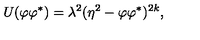
U ( \varphi \varphi ^ { \ast } ) = \lambda ^ { 2 } ( \eta ^ { 2 } - \varphi \varphi ^ { \ast } ) ^ { 2 k } ,